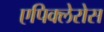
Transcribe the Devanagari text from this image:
एपिक्लेरोस